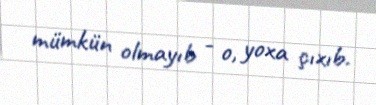
mümkün olmayıb - o, yoxa çıxıb.